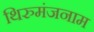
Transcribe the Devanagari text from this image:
थिरुमंजनाम